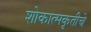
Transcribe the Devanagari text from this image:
शोकात्मकृतीचे